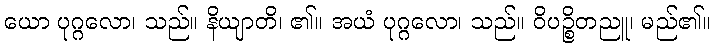
ယော ပုဂ္ဂလော၊ သည်။ နိယျာတိ၊ ၏။ အယံ ပုဂ္ဂလော၊ သည်။ ဝိပဉ္စိတညူ၊ မည်၏။